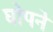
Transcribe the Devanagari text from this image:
घोपने